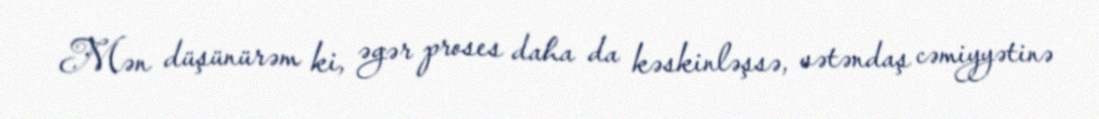
Mən düşünürəm ki, əgər proses daha da kəskinləşsə, vətəndaş cəmiyyətinə